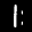
Label: 1